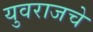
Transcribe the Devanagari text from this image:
युवराजचे